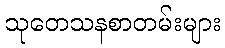
သုတေသနစာတမ်းများ